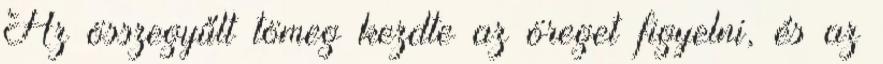
Az összegyűlt tömeg kezdte az öreget figyelni, és az